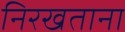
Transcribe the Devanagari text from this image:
निरखताना